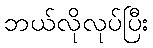
ဘယ်လိုလုပ်ပြီး